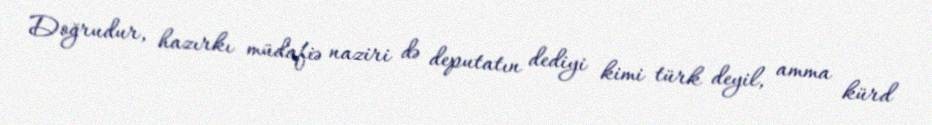
Doğrudur, hazırkı müdafiə naziri də deputatın dediyi kimi türk deyil, amma kürd